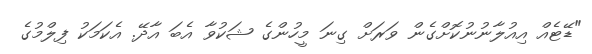
"ޑޭޓެއް އިއުލާނުނުކޮށްގެން ވަރަށް ގިނަ މީހުންގެ ޝަކުވާ އެބަ އާދޭ. އެކަމަކު ފިލްމުގެ